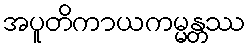
အပူတိကာယကမ္မန္တဿ